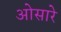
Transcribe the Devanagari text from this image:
ओसारे